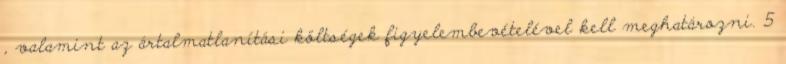
, valamint az ártalmatlanítási költségek figyelembevételével kell meghatározni. 5